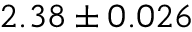
2 . 3 8 \pm 0 . 0 2 6